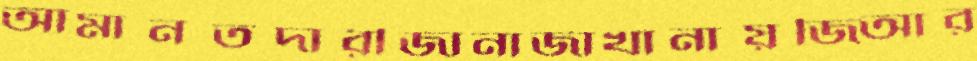
আমানতদারীজানাজাখানায়জিআর